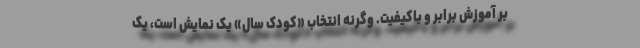
بر آموزش برابر و باکیفیت. وگرنه انتخاب «کودک سال» یک نمایش است، یک